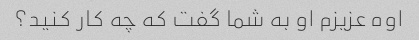
اوه عزیزم او به شما گفت که چه کار کنید؟